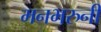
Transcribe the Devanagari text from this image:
मनभरुनी